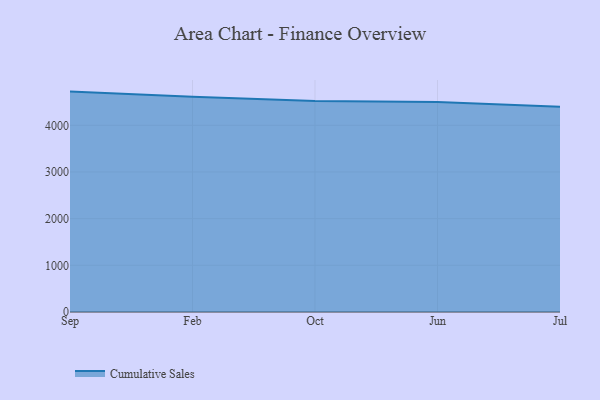
{"axis": {"x": "Month", "y": "Humidity (%)"}, "legend": ["Cumulative Sales"], "data": [{"x": "Sep", "y": 4721.9, "type": "Cumulative Sales"}, {"x": "Feb", "y": 4613.0, "type": "Cumulative Sales"}, {"x": "Oct", "y": 4522.6, "type": "Cumulative Sales"}, {"x": "Jun", "y": 4498.6, "type": "Cumulative Sales"}, {"x": "Jul", "y": 4397.4, "type": "Cumulative Sales"}]}